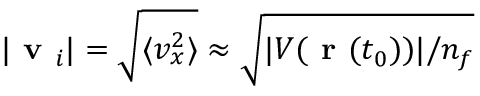
| \textbf { v } _ { i } | = \sqrt { \langle v _ { x } ^ { 2 } \rangle } \approx \sqrt { | V ( { \textbf { r } } ( t _ { 0 } ) ) | / n _ { f } }